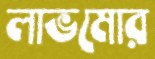
লাভমোর